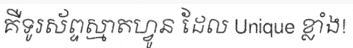
គឺទូរស័ព្ទស្មាតហ្វូន ដែល Unique ខ្លាំង!